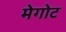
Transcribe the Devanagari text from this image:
मेगोट